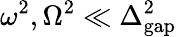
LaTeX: \omega^{2},\Omega^{2}\ll{\Delta_{\mathrm{gap}}^{2}}